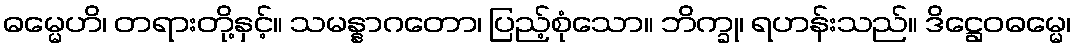
ဓမ္မေဟိ၊ တရားတို့နှင့်။ သမန္နာဂတော၊ ပြည့်စုံသော။ ဘိက္ခု၊ ရဟန်းသည်။ ဒိဋ္ဌေဝဓမ္မေ၊